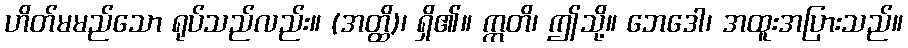
ဟိတ်မမည်သော ရုပ်သည်လည်း။ (အတ္ထိ)၊ ရှိ၏။ ဣတိ၊ ဤသို့။ ဘေဒေါ၊ အထူးအပြားသည်။